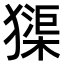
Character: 𤡷